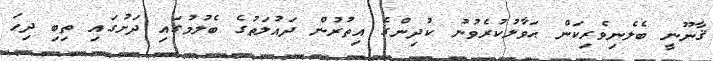
ޤާނޫނީ ބެލެނިވެރިކަން ޙަވާލުކުރެވުނު ކުދިންގެ އިތުރުން ދައުލަތުގެ ބެލުމުގައި ދަށުގައި ތިބި ދިހަ